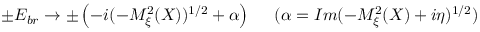
\pm { \cal E } _ { b r } \to \pm \left( - i ( - { \cal M } _ { \xi } ^ { 2 } ( X ) ) ^ { 1 / 2 } + \alpha \right) \; \; \; \; \; ( \alpha = I m ( - { \cal M } _ { \xi } ^ { 2 } ( X ) + i \eta ) ^ { 1 / 2 } )